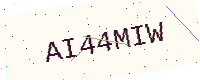
Text: AI44MIW